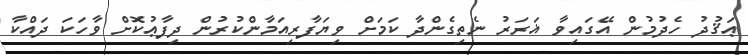
ޢަޤުދު ހެދުމުން އޭގައިވާ ޣަރަރު ނެތިގެންދާ ކަމަށް ވިޔަފާރިއަމާންކުރުން ދިފާޢުކޮށް ވާހަކަ ދައްކާ